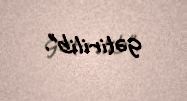
gətirilib”.